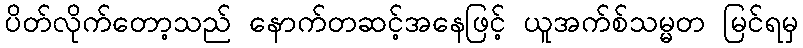
ပိတ်လိုက်တော့သည် နောက်တဆင့်အနေဖြင့် ယူအက်စ်သမ္မတ မြင်ရမှ